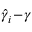
\hat { \gamma } _ { i } \! - \! \gamma